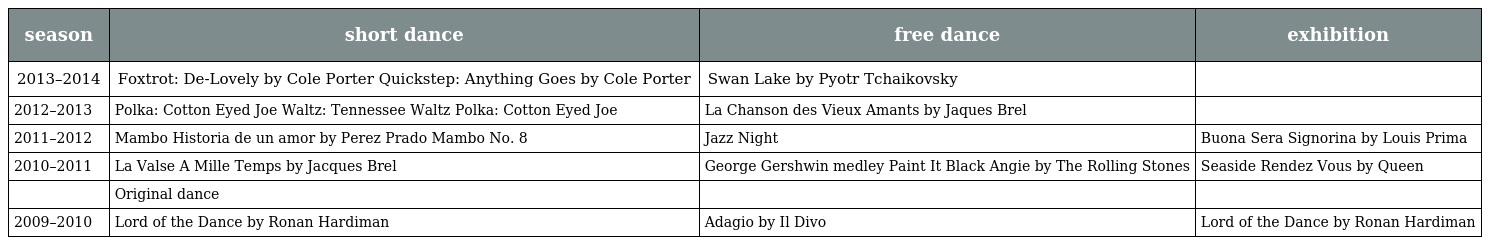
| season | short dance | free dance | exhibition |
 | --- | --- | --- | --- |
 | 2013–2014 | Foxtrot: De-Lovely by Cole Porter Quickstep: Anything Goes by Cole Porter | Swan Lake by Pyotr Tchaikovsky |  |
 | 2012–2013 | Polka: Cotton Eyed Joe Waltz: Tennessee Waltz Polka: Cotton Eyed Joe | La Chanson des Vieux Amants by Jaques Brel |  |
 | 2011–2012 | Mambo Historia de un amor by Perez Prado Mambo No. 8 | Jazz Night | Buona Sera Signorina by Louis Prima |
 | 2010–2011 | La Valse A Mille Temps by Jacques Brel | George Gershwin medley Paint It Black Angie by The Rolling Stones | Seaside Rendez Vous by Queen |
 |  | Original dance |  |  |
 | 2009–2010 | Lord of the Dance by Ronan Hardiman | Adagio by Il Divo | Lord of the Dance by Ronan Hardiman |